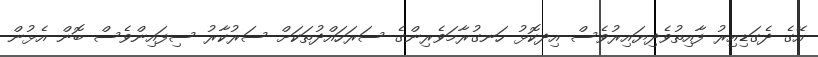
އޭގެ ދެގަޑިއިރު ފާއިތުވެދިޔައިރުވެސް އިދކޮޅު ހަނގުރާމަވެރިންގެ ސަރަހައްދުތަކަށް ސަރުކާރު ސިފައިންވެސް ބޮން އެޅުން